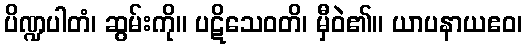
ပိဏ္ဍပါတံ၊ ဆွမ်းကို။ ပဋိသေဝတိ၊ မှီဝဲ၏။ ယာပနာယဧဝ၊